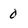
Character: 0